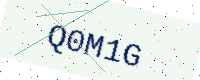
Text: Q0M1G